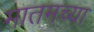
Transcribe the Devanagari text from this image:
मातमच्या